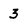
Character: 3